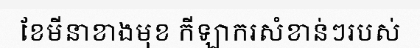
ខែមីនាខាងមុខ កីឡាករសំខាន់ៗរបស់